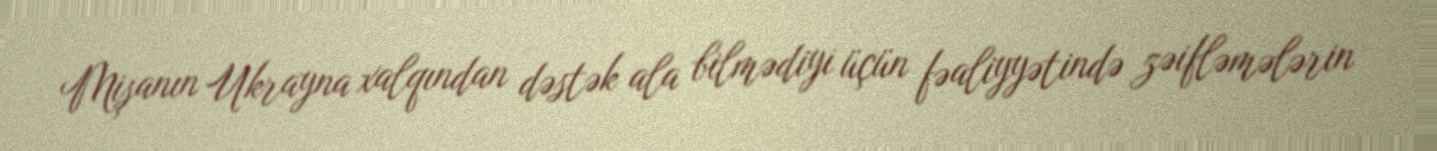
Mişanın Ukrayna xalqından dəstək ala bilmədiyi üçün fəaliyyətində zəifləmələrin